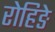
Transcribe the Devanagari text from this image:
रोहिङे